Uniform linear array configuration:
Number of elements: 32
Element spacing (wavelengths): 0.75
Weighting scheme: binomial
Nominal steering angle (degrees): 0
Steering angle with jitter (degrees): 0.9815
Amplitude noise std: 0.05
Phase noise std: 0.05

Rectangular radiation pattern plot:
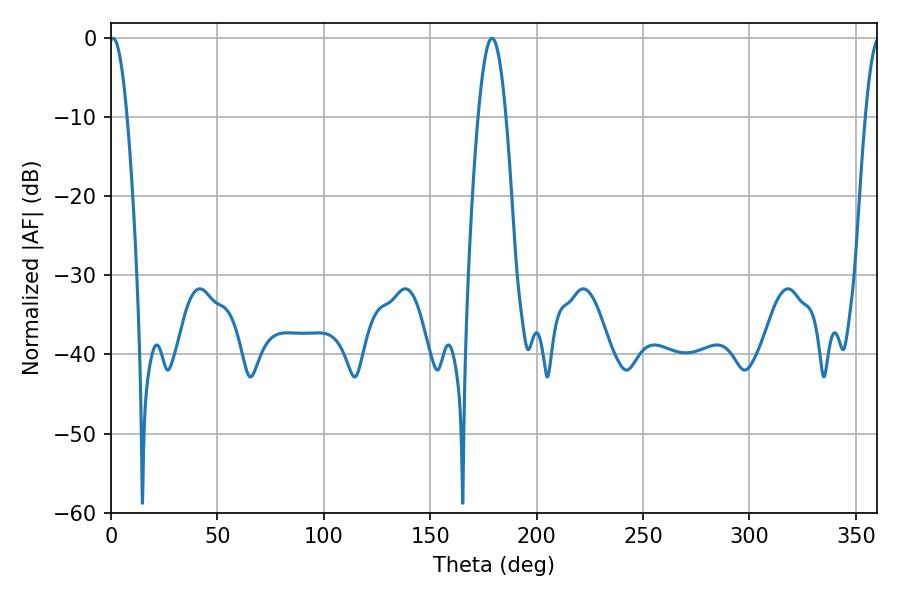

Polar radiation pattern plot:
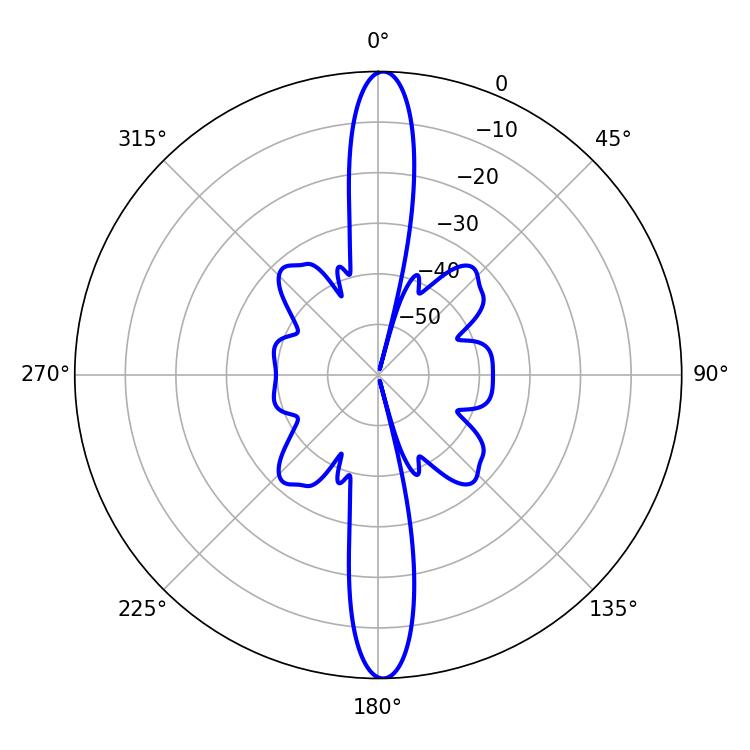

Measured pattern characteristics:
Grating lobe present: TRUE
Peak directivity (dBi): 26.382
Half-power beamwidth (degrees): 4.5
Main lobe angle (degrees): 0.9